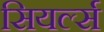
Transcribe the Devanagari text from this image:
सियर्ल्स